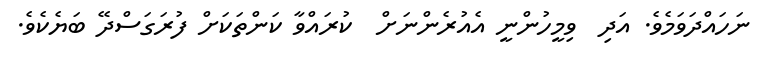
ނަހައްދަވަމެވެ. އަދި  ވިމީހުންނީ އެއުރެންނަށް  ކުރައްވާ ކަންތަކަށް ފުރަގަސްދޭ ބަޔެކެވެ.